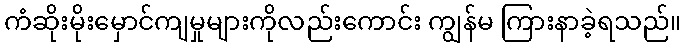
ကံဆိုးမိုးမှောင်ကျမှုများကိုလည်းကောင်း ကျွန်မ ကြားနာခဲ့ရသည်။